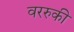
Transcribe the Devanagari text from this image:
वररुकी